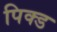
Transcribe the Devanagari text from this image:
पिक्ड